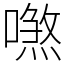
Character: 𠿼